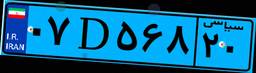
۸۸D۰۸۵۹۸